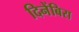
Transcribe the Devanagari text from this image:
दिनेंबिरा